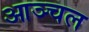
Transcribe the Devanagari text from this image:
आञ्चल